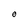
Character: o